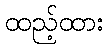
ထည့်ထား